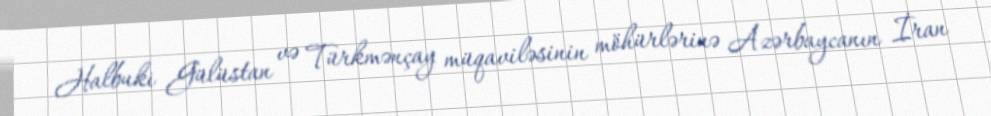
Halbuki Gülüstan və Türkmənçay müqaviləsinin möhürlərinə Azərbaycanın İran